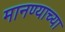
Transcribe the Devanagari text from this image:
मानण्याच्या